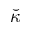
\breve { \kappa }